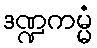
ဒဏ္ဍကမ္မံ